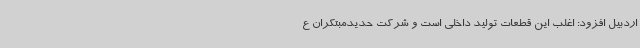
اردبیل افزود: اغلب این قطعات تولید داخلی است و شرکت حدیدمبتکران ع